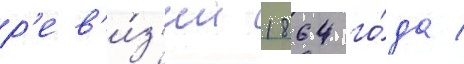
р'ев'и́з'ии 1864 го́да /